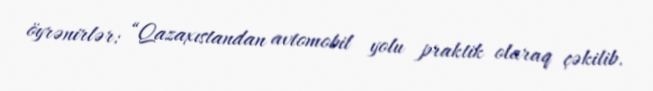
öyrənirlər: “Qazaxıstandan avtomobil yolu praktik olaraq çəkilib.